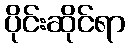
ပိုင်းဆိုင်ရာ